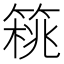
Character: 𥰜